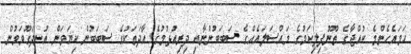
ހަމައެހެންމެ ކުއްޖާގެ ތޫނުފިލިކަމުގެ މައްސަލައެއްގެ ސަބަބުންނާއި ދިރިއުޅުމުގެ އާދަތަކުގެ ސަބަބުން ކިޔަވަން އުނދަގޫވަމުން